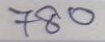
780